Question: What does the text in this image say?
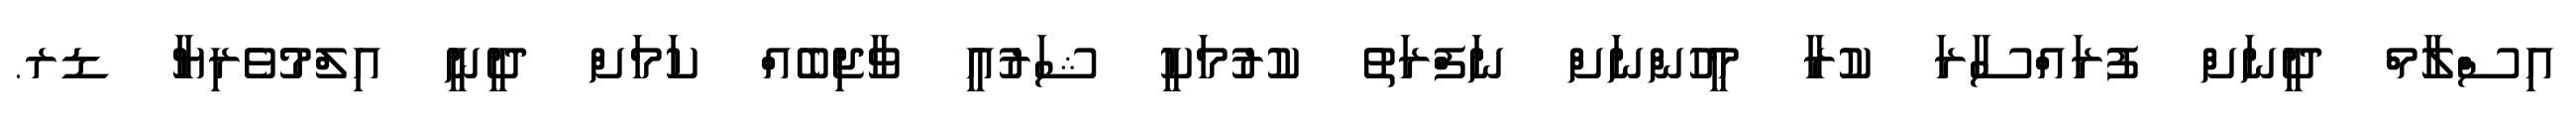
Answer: އިސްލާމް ދީނަށް ފުރައްސާރަ ކުރާ މީހުންނަށް ނަފްރަތު ކުރުމަކީ ޝަރުއީ ވާޖިބެއް ކަމަށް ދީނީ އިލްމުވެރިޔާ ޑރ.